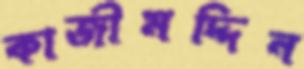
কাজীমদ্দিন